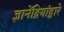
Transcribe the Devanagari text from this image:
ज्ञानेंद्रियांद्वारे